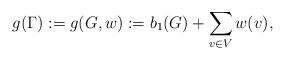
LaTeX: \begin{align*} g(\Gamma):=g(G,w):=b_1(G)+\sum_{v\in V}w(v), \end{align*}